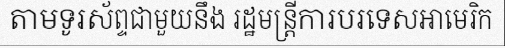
តាមទូរស័ព្ទជាមួយនឹង រដ្ឋមន្ត្រីការបរទេសអាមេរិក